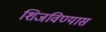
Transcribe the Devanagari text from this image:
शिजविण्यास